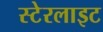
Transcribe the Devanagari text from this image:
स्टेरलाइट